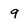
Character: 9